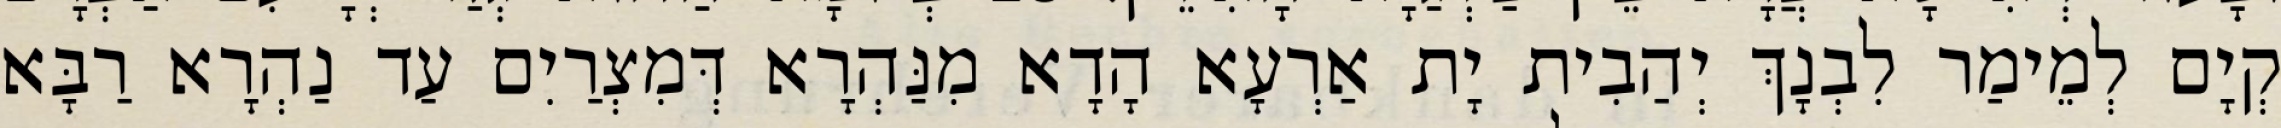
קְיָם לְמֵימַר לִבְנָךְ יְהַבִית יָת אַרְעָא הָדָא מִנַּהְרָא דְּמִצְרַיִם עַד נַהְרָא רַבָּא